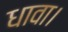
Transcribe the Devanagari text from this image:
धावा।